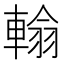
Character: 𨍚